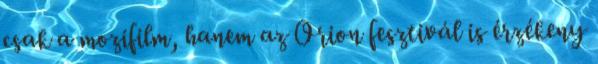
csak a mozifilm, hanem az Orion fesztivál is érzékeny